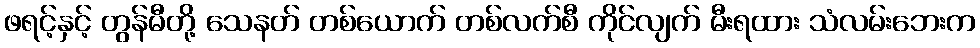
ဖရင့်နှင့် တွန်မီတို့ သေနတ် တစ်ယောက် တစ်လက်စီ ကိုင်လျက် မီးရထား သံလမ်းဘေးက